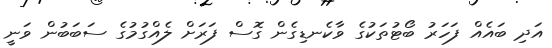
އަދި ބައެއް ފަހަރު ބޯޓުތަކުގެ ވާކެނޑިގެން ގޮސް ފަރަށް ލެއްގުމުގެ ސަބަބުން ވަނީ